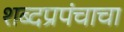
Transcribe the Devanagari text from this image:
शब्दप्रपंचाचा